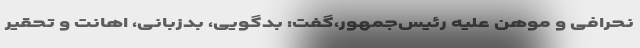
نحرافی و موهن علیه رئیس‌جمهور،گفت: بدگویی، بدزبانی، اهانت و تحقیر